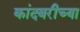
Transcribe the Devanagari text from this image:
कांदबरीच्या